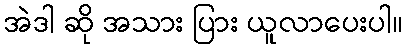
အဲဒါ ဆို အသား ပြား ယူလာပေးပါ။